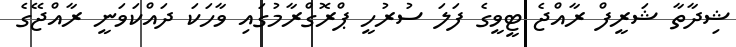
ޝިދާތާ ޝަރީފް ރާއްޖެ ޓީވީގެ ފަލަ ސުރުހީ ޕްރޮގްރާމުގައި ވާހަކަ ދައްކަވަނީ ރާއްޖޭގެ